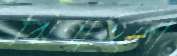
ঝিগাতলা